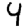
Digit: 4